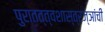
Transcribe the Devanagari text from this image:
पुरातत्त्वशास्त्रज्ञांची